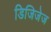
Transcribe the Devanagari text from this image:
डिजिजेज